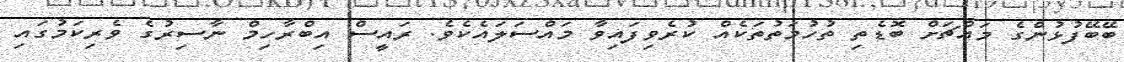
ބޭބޭފުޅުންގެ މައްޗަށް ބޮޑެތި ތުހުމަތުތަކެއް ކުރެވިފައިވާ މައްސަލައެކެވެ. ރައީސް އިބްރާހިމް ނާސިރުގެ ވެރިކަމުގައި